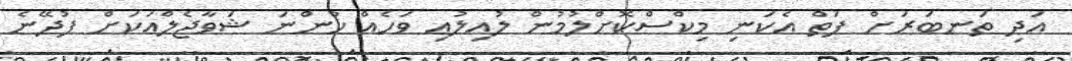
އަދި ތަނބަރަށް ފަތް އެކަނި މިކްސްކޮށްލުމުން ލުއިލުއި ވަހެއް ހުންނަ ޝަވާޖެލްއަކަށް ފުދޭނެ